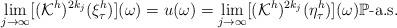
LaTeX: \begin{align*}\lim_{j\rightarrow\infty}[(\mathcal{K}^h)^{2k_j}(\xi_\tau^h)](\omega)=u(\omega)=\lim_{j\rightarrow\infty}[(\mathcal{K}^h)^{2k_j}(\eta_\tau^h)](\omega)\mathbb{P}\mbox{-a.s.}\end{align*}